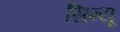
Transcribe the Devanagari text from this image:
सिन्यू